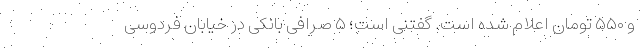
و ۵۵۰ تومان اعلام شده است. گفتنی است؛ ۵ صرافی بانکی در خیابان فردوسی